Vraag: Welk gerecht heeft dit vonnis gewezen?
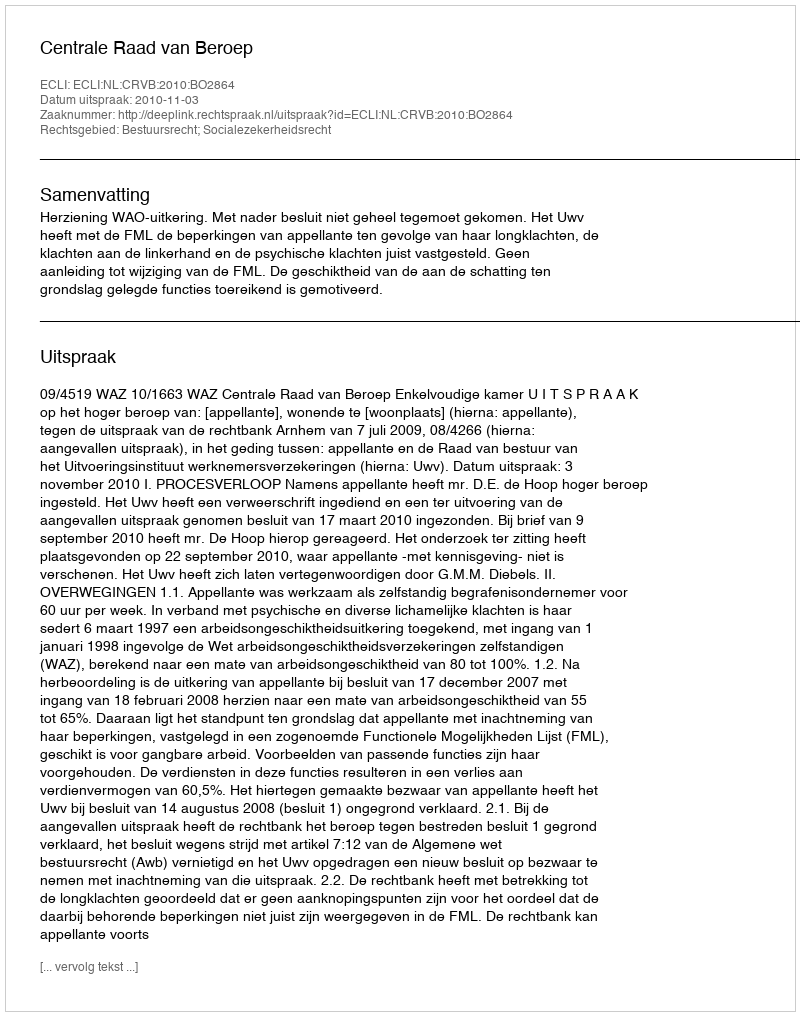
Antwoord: Centrale Raad van Beroep